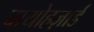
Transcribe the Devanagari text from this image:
बायोहज़ार्ड